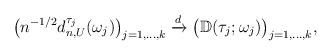
LaTeX: \begin{align*} \bigl( n^{-1/2} d^{\tau_j}_{n,U}(\omega_j) \bigr)_{j=1,\ldots,k} \xrightarrow{d} \bigl( \mathbb{D}(\tau_j;\omega_j) \bigr)_{j=1,\ldots,k},\end{align*}